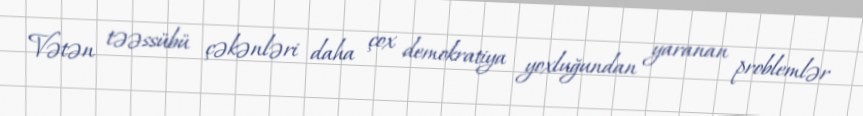
Vətən təəssübü çəkənləri daha çox demokratiya yoxluğundan yaranan problemlər